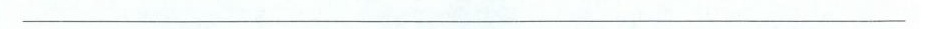
___